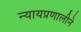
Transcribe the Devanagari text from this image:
न्यायप्रणालीने